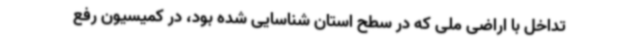
تداخل با اراضی ملی که در سطح استان شناسایی شده بود، در کمیسیون رفع